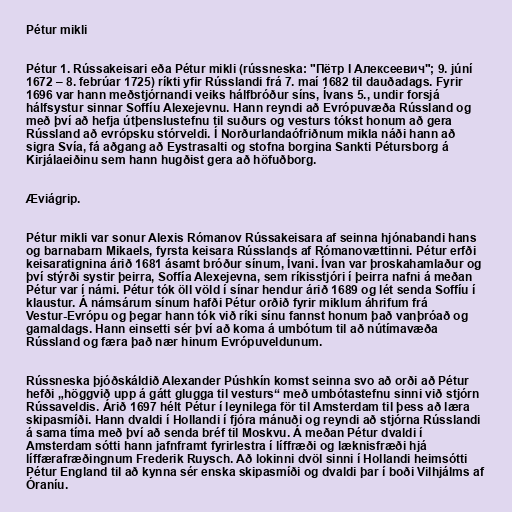
Pétur mikli

Pétur 1. Rússakeisari eða Pétur mikli (rússneska: "Пётр I Алексеевич"; 9. júní
1672 – 8. febrúar 1725) ríkti yfir Rússlandi frá 7. maí 1682 til dauðadags. Fyrir
1696 var hann meðstjórnandi veiks hálfbróður síns, Ívans 5., undir forsjá
hálfsystur sinnar Soffíu Alexejevnu. Hann reyndi að Evrópuvæða Rússland og
með því að hefja útþenslustefnu til suðurs og vesturs tókst honum að gera
Rússland að evrópsku stórveldi. Í Norðurlandaófriðnum mikla náði hann að
sigra Svía, fá aðgang að Eystrasalti og stofna borgina Sankti Pétursborg á
Kirjálaeiðinu sem hann hugðist gera að höfuðborg.

Æviágrip.

Pétur mikli var sonur Alexis Rómanov Rússakeisara af seinna hjónabandi hans
og barnabarn Mikaels, fyrsta keisara Rússlands af Rómanovættinni. Pétur erfði
keisaratignina árið 1681 ásamt bróður sínum, Ívani. Ívan var þroskahamlaður og
því stýrði systir þeirra, Soffía Alexejevna, sem ríkisstjóri í þeirra nafni á meðan
Pétur var í námi. Pétur tók öll völd í sínar hendur árið 1689 og lét senda Soffíu í
klaustur. Á námsárum sínum hafði Pétur orðið fyrir miklum áhrifum frá
Vestur-Evrópu og þegar hann tók við ríki sínu fannst honum það vanþróað og
gamaldags. Hann einsetti sér því að koma á umbótum til að nútímavæða
Rússland og færa það nær hinum Evrópuveldunum.

Rússneska þjóðskáldið Alexander Púshkín komst seinna svo að orði að Pétur
hefði „höggvið upp á gátt glugga til vesturs“ með umbótastefnu sinni við stjórn
Rússaveldis. Árið 1697 hélt Pétur í leynilega för til Amsterdam til þess að læra
skipasmíði. Hann dvaldi í Hollandi í fjóra mánuði og reyndi að stjórna Rússlandi
á sama tíma með því að senda bréf til Moskvu. Á meðan Pétur dvaldi í
Amsterdam sótti hann jafnframt fyrirlestra í líffræði og læknisfræði hjá
líffærafræðingnum Frederik Ruysch. Að lokinni dvöl sinni í Hollandi heimsótti
Pétur England til að kynna sér enska skipasmíði og dvaldi þar í boði Vilhjálms af
Óraníu.